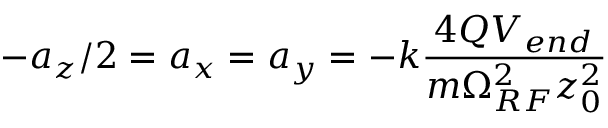
- a _ { z } / 2 = a _ { x } = a _ { y } = - k \frac { 4 Q V _ { e n d } } { m \Omega _ { R F } ^ { 2 } z _ { 0 } ^ { 2 } }